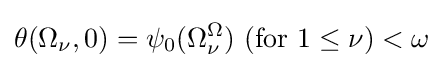
\theta (\Omega _{\nu },0)=\psi _{0}(\Omega _{\nu }^{\Omega }){\text{ (for }}1\leq \nu )<\omega